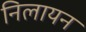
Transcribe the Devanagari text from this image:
निलायन